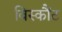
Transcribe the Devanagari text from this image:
विस्कौंट